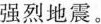
强烈地震。